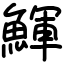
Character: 鯶